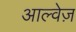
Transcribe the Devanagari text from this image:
आल्वेज़